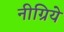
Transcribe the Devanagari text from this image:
नीग्रिये